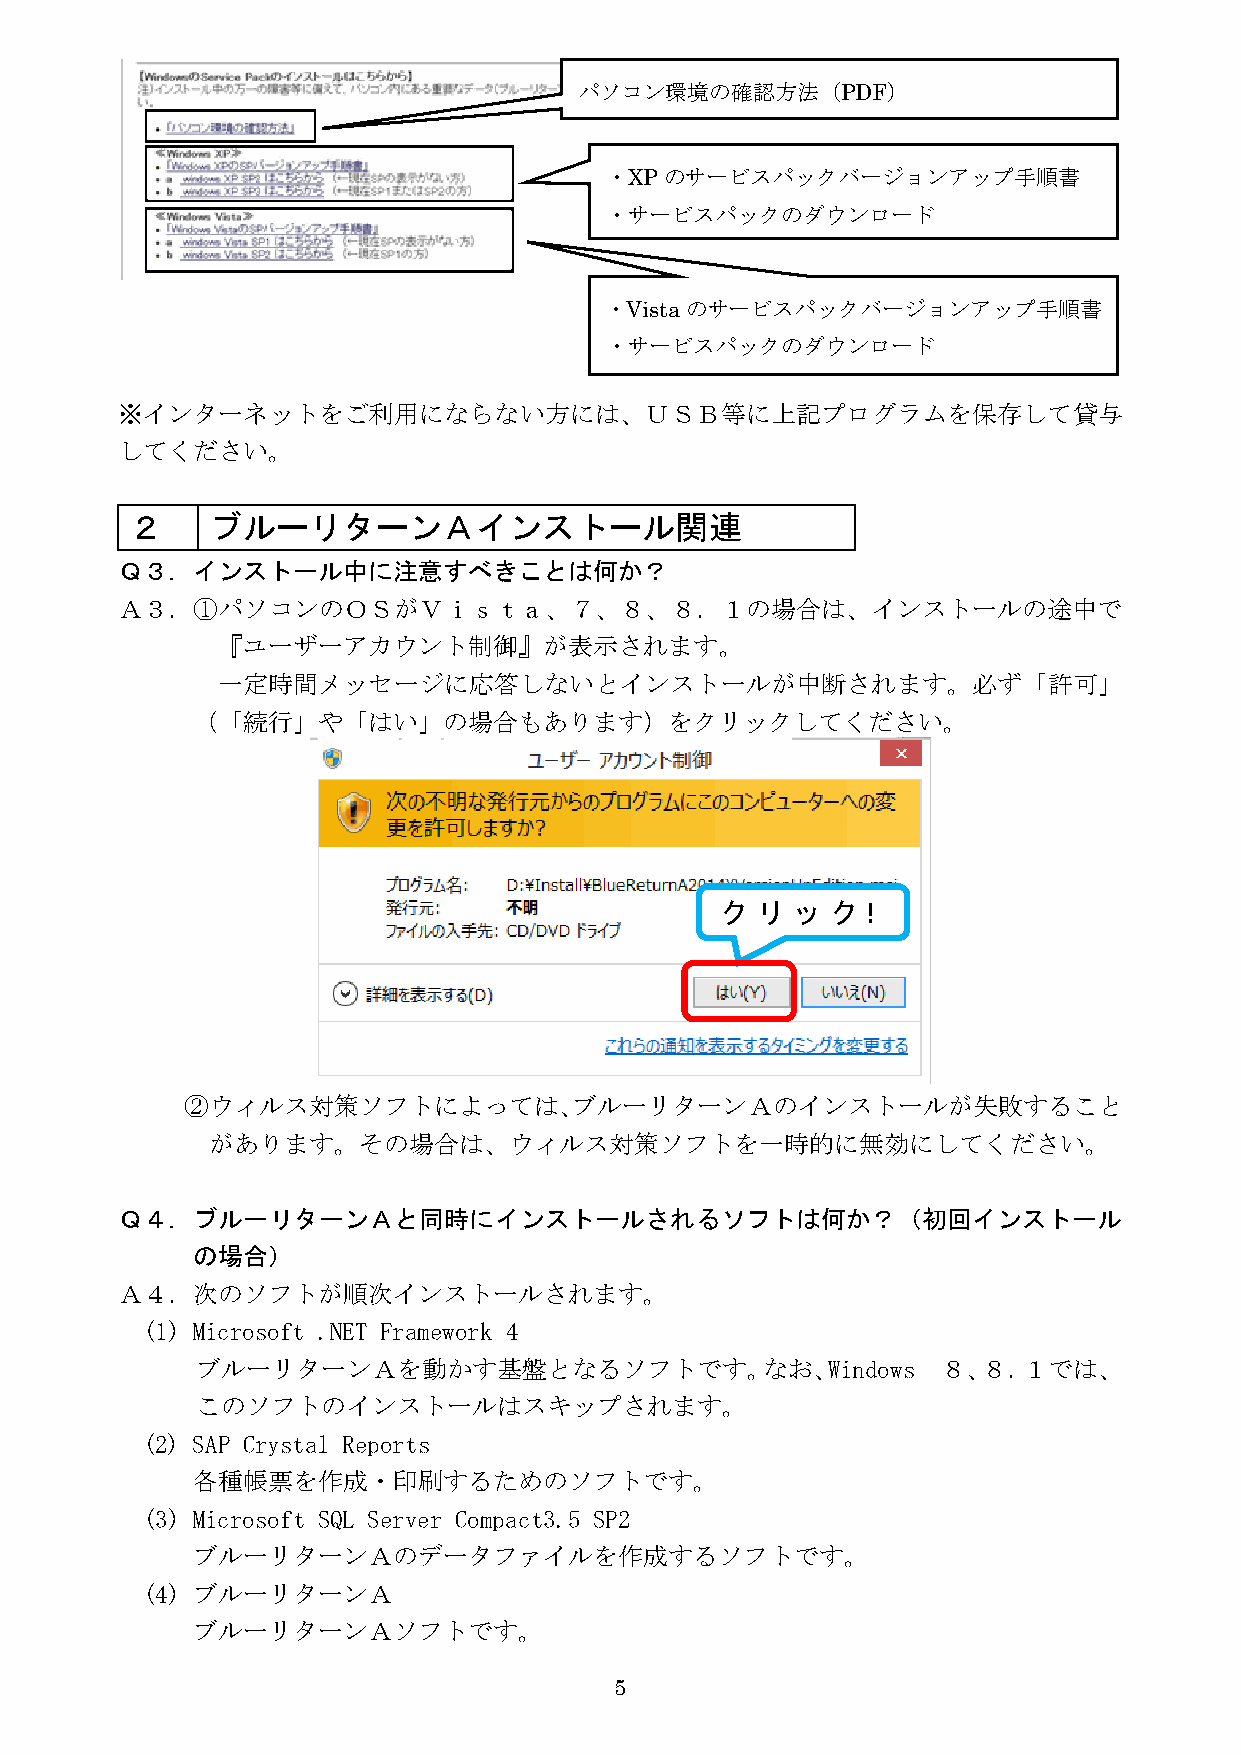
パソコン環境の確認方法（PDF）
 ・XPのサービスパックバージョンアップ手順書
 ・サービスパックのダウンロード
 ・Vistaのサービスパックバージョンアップ手順書
 ・サービスパックのダウンロード
 ※インターネットをご利用にならない方には、ＵＳＢ等に上記プログラムを保存して貸与
 してください。
 ２    ブルーリターンＡインストール関連
 Ｑ３．インストール中に注意すべきことは何か？
 Ａ３．①パソコンのＯＳがＶｉｓｔａ、７、８、８．１の場合は、インストールの途中で
 『ユーザーアカウント制御』が表示されます。
 一定時間メッセージに応答しないとインストールが中断されます。必ず「許可」
 （「続行」や「はい」の場合もあります）をクリックしてください。
 ク リ  ッ ク！
 ②ウィルス対策ソフトによっては、ブルーリターンＡのインストールが失敗すること
 があります。その場合は、ウィルス対策ソフトを一時的に無効にしてください。
 Ｑ４．ブルーリターンＡと同時にインストールされるソフトは何か？（初回インストール
 の場合）
 Ａ４．次のソフトが順次インストールされます。
 (1) Microsoft .NET Framework 4
 ブルーリターンＡを動かす基盤となるソフトです。なお、Windows                ８、８．１では、
 このソフトのインストールはスキップされます。
 (2) SAP Crystal Reports
 各種帳票を作成・印刷するためのソフトです。
 (3) Microsoft SQL Server Compact3.5 SP2
 ブルーリターンＡのデータファイルを作成するソフトです。
 (4) ブルーリターンＡ
 ブルーリターンＡソフトです。
 5